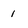
Character: I